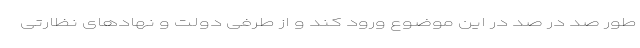
طور صد در صد در این موضوع ورود کند و از طرفی دولت و نهادهای نظارتی